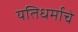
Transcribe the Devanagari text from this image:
यतिधर्माचे